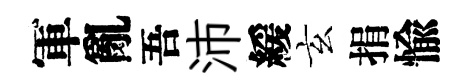
軍亂吾沛緩玄捐愉